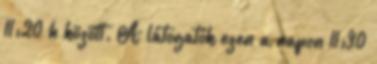
11:20 h között. A látogatók ezen a napon 11:30